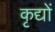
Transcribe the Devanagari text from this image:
कृद्यों